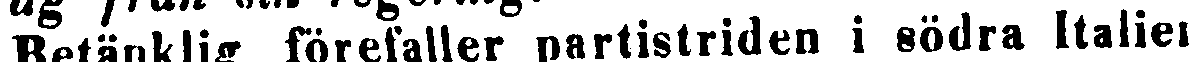
Betänklig förefaller partistriden i södra Italien